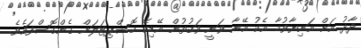
ދާދު އަށް އަނިޔާވުމާ އެކު އޭނާ ވަނީ ވަގުތުން އޭޑިކޭ ހޮސްޕިޓަލަށް ގެންގޮސްފައެވެ.